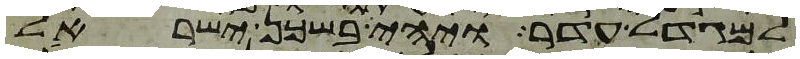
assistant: למגדל עדר ויהי בשכן ישראל